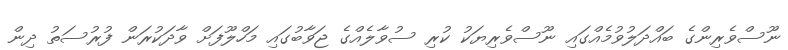
ނޫސްވެރިންގެ ބައްދަލުވުމެއްގައި ނޫސްވެރިޔަކު ކުރި ސުވާލެއްގެ ޖަވާބުގައި މަހްލޫފަށް ވާދަކުރަން ފުރުސަތު ދިން